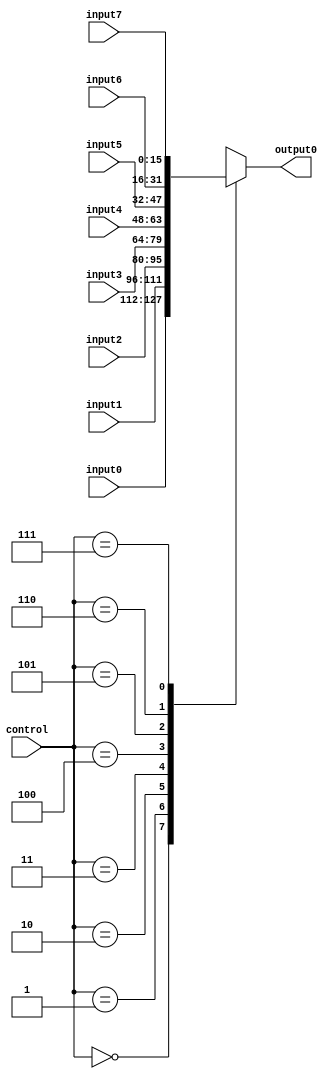
module multiplexer (
input0, input1, input2, input3, input4, input5, input6, input7, 
control, output0);

	input [15:0] input0, input1, input2, input3, input4, input5, input6, input7;
	input [2:0] control;
	output reg [15:0]  output0;
	
	always @(control)
	begin
		case(control)
			3'b000: output0 = input0;
			3'b001: output0 = input1;
			3'b010: output0 = input2;
			3'b011: output0 = input3;
			3'b100: output0 = input4;
			3'b101: output0 = input5;
			3'b110: output0 = input6;
			3'b111: output0 = input7;
			default: output0 = 16'b0;
		endcase
	end
endmodule